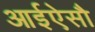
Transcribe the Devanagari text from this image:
आईऐसौ